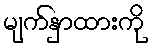
မျက်နှာထားကို